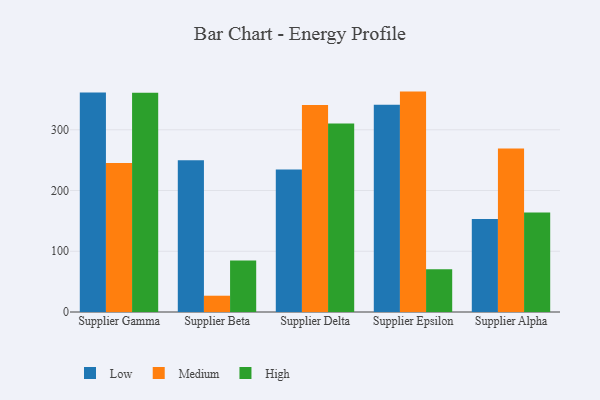
{"axis": {"x": "Supplier", "y": "Shipments"}, "legend": ["High", "Low", "Medium"], "data": [{"x": "Supplier Gamma", "y": 361.3, "type": "Low"}, {"x": "Supplier Gamma", "y": 245.2, "type": "Medium"}, {"x": "Supplier Gamma", "y": 361.0, "type": "High"}, {"x": "Supplier Beta", "y": 249.9, "type": "Low"}, {"x": "Supplier Beta", "y": 26.8, "type": "Medium"}, {"x": "Supplier Beta", "y": 84.8, "type": "High"}, {"x": "Supplier Delta", "y": 234.8, "type": "Low"}, {"x": "Supplier Delta", "y": 340.7, "type": "Medium"}, {"x": "Supplier Delta", "y": 310.5, "type": "High"}, {"x": "Supplier Epsilon", "y": 341.3, "type": "Low"}, {"x": "Supplier Epsilon", "y": 362.9, "type": "Medium"}, {"x": "Supplier Epsilon", "y": 70.3, "type": "High"}, {"x": "Supplier Alpha", "y": 153.1, "type": "Low"}, {"x": "Supplier Alpha", "y": 269.4, "type": "Medium"}, {"x": "Supplier Alpha", "y": 163.7, "type": "High"}]}